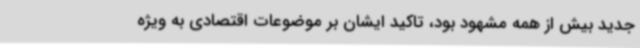
جدید بیش از همه مشهود بود، تاکید ایشان بر موضوعات اقتصادی به ویژه